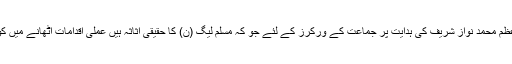
گورنر پنجاب نے کہا کہ وزیر اعظم محمد نواز شریف کی ہدایت پر جماعت کے ورکرز کے لئے جو کہ مسلم لیگ (ن) کا حقیقی اثاثہ ہیں عملی اقدامات اٹھانے میں کوئی کسر نہیں چھوڑی جائے گی۔